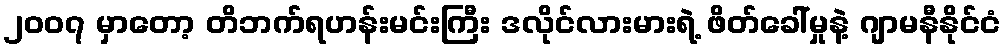
၂၀၀၇ မှာတော့ တိဘက်ရဟန်းမင်းကြီး ဒလိုင်လားမားရဲ့ ဖိတ်ခေါ်မှုနဲ့ ဂျာမနီနိုင်ငံ